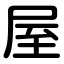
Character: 屋